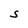
Character: s